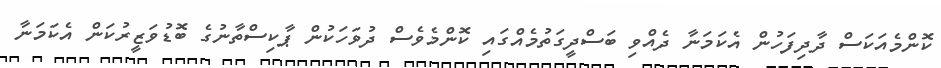
ކޮންމެއަކަސް ދާދިފަހުން އެކަމަނާ ދެއްވި ބަސްދީގަތުމެއްގައި ކޮންމެވެސް ދުވަހަކުން ޕާކިސްތާނުގެ ބޮޑުވަޒީރުކަން އެކަމަނާ